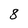
Character: 8